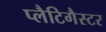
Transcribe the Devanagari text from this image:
प्लैटिगैस्टर